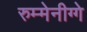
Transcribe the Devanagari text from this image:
रुम्मेनीग्गे